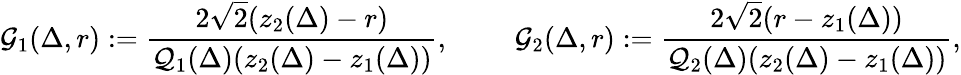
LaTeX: \mathcal{G}_{1}(\Delta,r):=\frac{2\sqrt 2(z_{2}(\Delta)-r)}{\mathcal{Q}_{1}(\Delta)(z_{2}(\Delta)-z_{1}(\Delta))},\; \qquad\mathcal{G}_{2}(\Delta,r):=\frac{2\sqrt 2(r-z_{1}(\Delta))}{\mathcal{Q}_{2}(\Delta)(z_{2}(\Delta)-z_{1}(\Delta))},